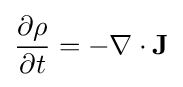
{\frac {\partial \rho }{\partial t}}=-\nabla \cdot \mathbf {J}